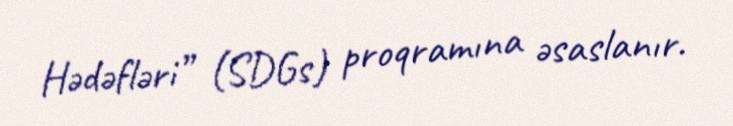
Hədəfləri” (SDGs) proqramına əsaslanır.